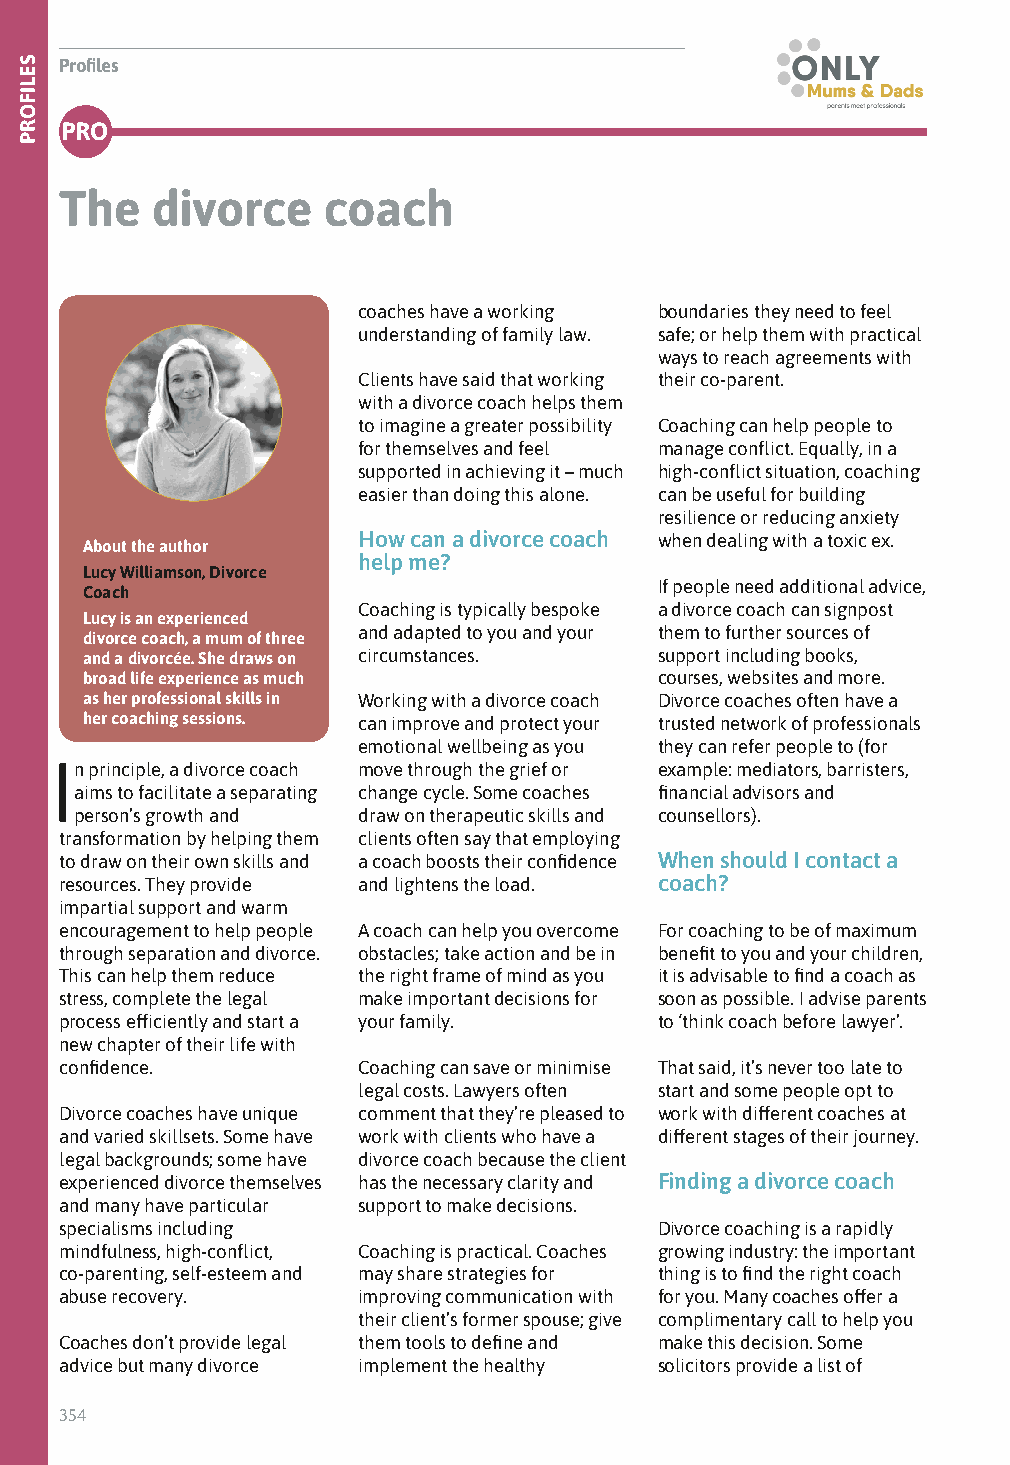
Profiles
 PRO
 The   divorce    coach
 coaches have a working boundaries they need to feel
 understanding of family law. safe; or help them with practical
 ways to reach agreements with
 Clients have said that working their co-parent.
 with a divorce coach helps them
 to imagine a greater possibility Coaching can help people to
 for themselves and feel manage conflict. Equally, in a
 supported in achieving it – much high-conflict situation, coaching
 easier than doing this alone. can be useful for building
 resilience or reducing anxiety
 How can a divorce coach when dealing with a toxic ex.
 About the author
 help me?
 Lucy Williamson, Divorce
 If people need additional advice,
 Coach
 Coaching is typically bespoke a divorce coach can signpost
 Lucy is an experienced
 and adapted to you and your them to further sources of
 divorce coach, a mum of three
 and a divorcée. She draws on circumstances. support including books,
 broad life experience as much          courses, websites and more.
 as her professional skills in Working with a divorce coach Divorce coaches often have a
 her coaching sessions. can improve and protect your trusted network of professionals
 emotional wellbeing as you they can refer people to (for
 In principle, a divorce coach move through the grief or example: mediators, barristers,
 aims to facilitate a separating change cycle. Some coaches financial advisors and
 person’s growth and draw on therapeutic skills and counsellors).
 transformation by helping them clients often say that employing
 to draw on their own skills and a coach boosts their confidence When should I contact a
 resources. They provide and lightens the load. coach?
 impartial support and warm
 encouragement to help people A coach can help you overcome For coaching to be of maximum
 through separation and divorce. obstacles; take action and be in benefit to you and your children,
 This can help them reduce the right frame of mind as you it is advisable to find a coach as
 stress, complete the legal make important decisions for soon as possible. I advise parents
 process efficiently and start a your family. to ‘think coach before lawyer’.
 new chapter of their life with
 confidence.         Coaching can save or minimise That said, it’s never too late to
 legal costs. Lawyers often start and some people opt to
 Divorce coaches have unique comment that they’re pleased to work with different coaches at
 and varied skillsets. Some have work with clients who have a different stages of their journey.
 legal backgrounds; some have divorce coach because the client
 experienced divorce themselves has the necessary clarity and Finding a divorce coach
 and many have particular support to make decisions.
 specialisms including                   Divorce coaching is a rapidly
 mindfulness, high-conflict, Coaching is practical. Coaches growing industry: the important
 co-parenting, self-esteem and may share strategies for thing is to find the right coach
 abuse recovery.     improving communication with for you. Many coaches offer a
 their client’s former spouse; give complimentary call to help you
 Coaches don’t provide legal them tools to define and make this decision. Some
 advice but many divorce implement the healthy solicitors provide a list of
 354
 SELIFORP